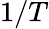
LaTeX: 1/T